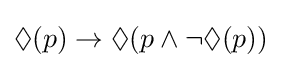
\Diamond (p)\rightarrow \Diamond (p\wedge \neg \Diamond (p))